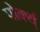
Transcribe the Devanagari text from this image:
पोर्क्य्